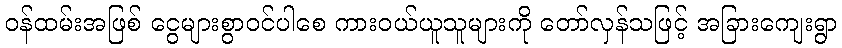
ဝန်ထမ်းအဖြစ် ငွေများစွာဝင်ပါစေ ကားဝယ်ယူသူများကို တော်လှန်သဖြင့် အခြားကျေးရွာ